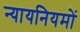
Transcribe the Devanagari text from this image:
न्यायनियमों